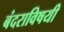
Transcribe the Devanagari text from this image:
बंदराविषयी